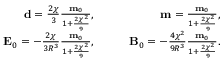
\begin{array} { r l r } { \mathbf { d } = \frac { 2 \chi } { 3 } \frac { \mathbf { m } _ { 0 } } { 1 + \frac { 2 \chi ^ { 2 } } { 9 } } , } & { \quad } & { \mathbf { m } = \frac { \mathbf { m } _ { 0 } } { 1 + \frac { 2 \chi ^ { 2 } } { 9 } } , } \\ { \mathbf { E } _ { 0 } = - \frac { 2 \chi } { 3 R ^ { 3 } } \frac { \mathbf { m } _ { 0 } } { 1 + \frac { 2 \chi ^ { 2 } } { 9 } } , } & { \quad } & { \mathbf { B } _ { 0 } = - \frac { 4 \chi ^ { 2 } } { 9 R ^ { 3 } } \frac { \mathbf { m } _ { 0 } } { 1 + \frac { 2 \chi ^ { 2 } } { 9 } } . } \end{array}